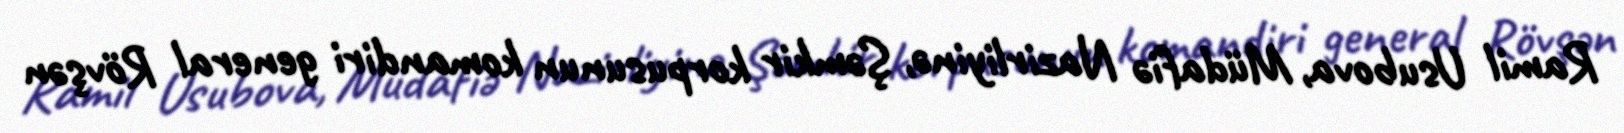
Ramil Usubova, Müdafiə Nazirliyinə, Şəmkir korpusunun komandiri general Rövşən